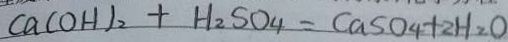
C a ( O H ) _ { 2 } + H _ { 2 } S O _ { 4 } = C a S O _ { 4 } + 2 H _ { 2 } O